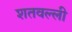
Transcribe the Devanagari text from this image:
शतवल्ली